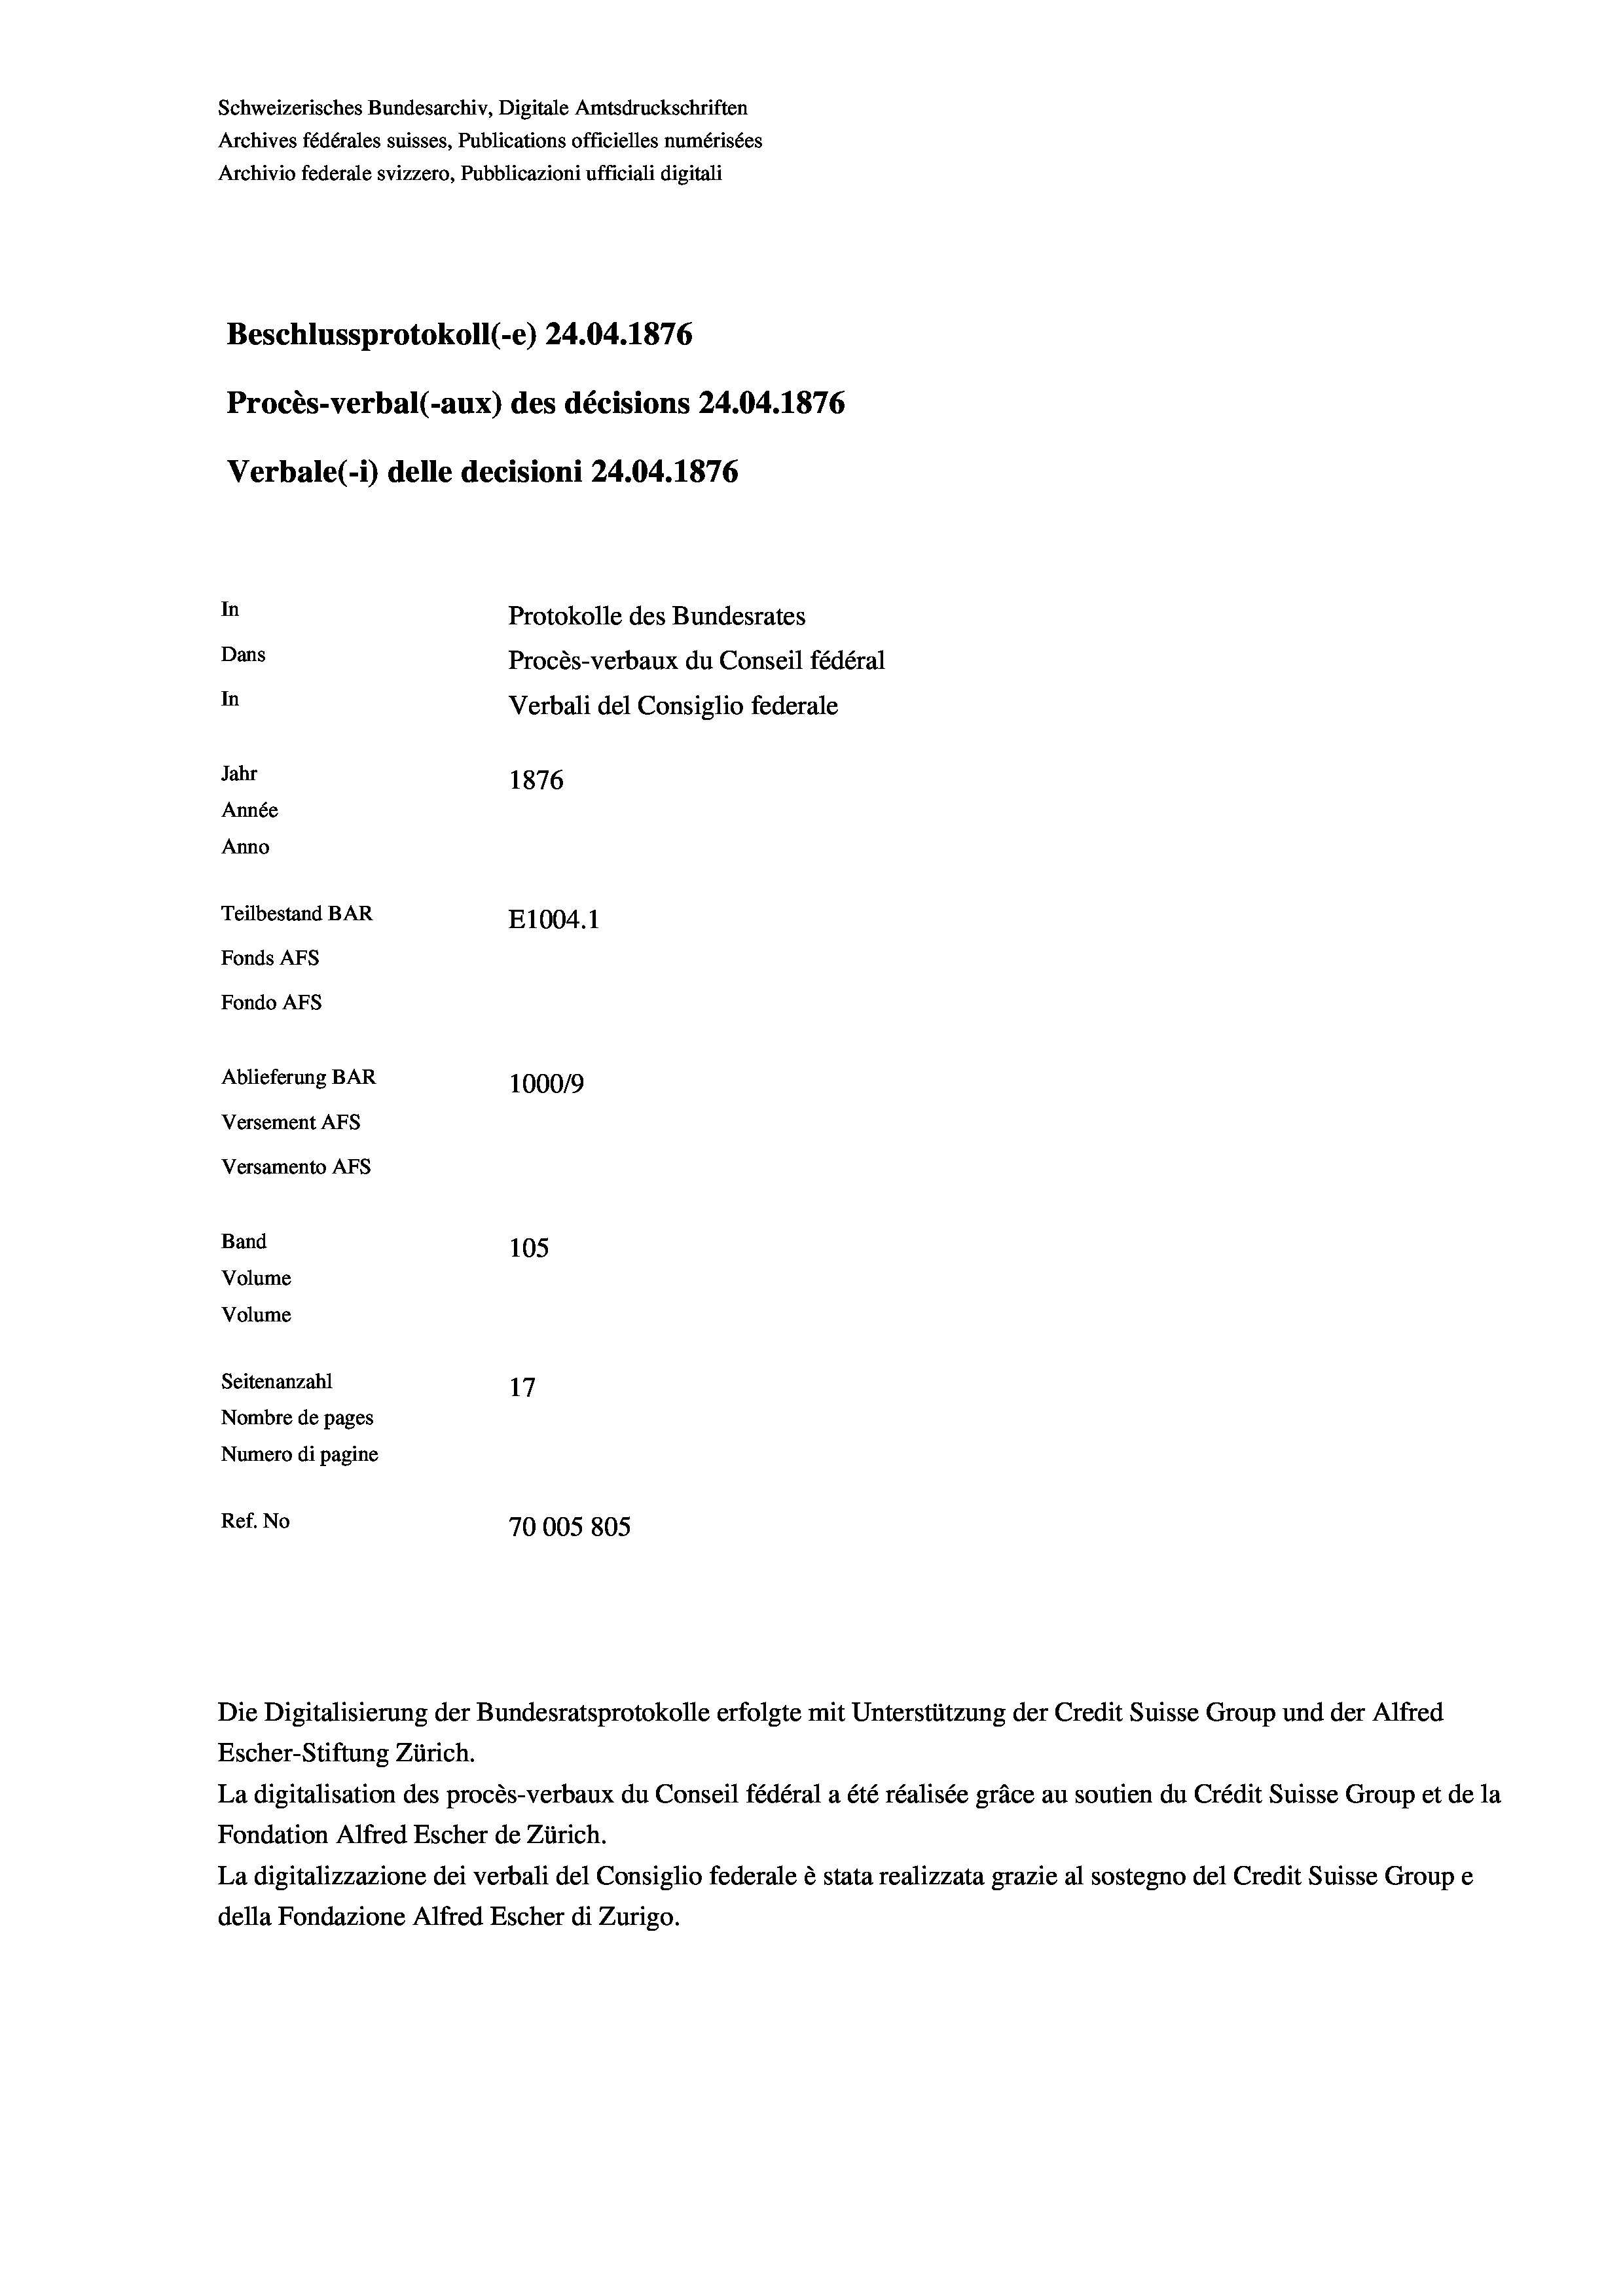
Schweizerisches Bundesarchiv, Digitale Amtsdruckschriften
Archives fédérales suisses, Publications officielles numérisées
Archivio federale svizzero, Pubblicazioni ufficiali digitali
Beschlussprotokoll (-e) 24.04. 1876
Procès-verbal (-aux) des décisions 24.04. 1876
Verbale (i) delle decisioni 24.04. 1876
In
Protokolle des Bundesrates
Dans
Procès-verbaux du Conseil fédéral
In
Verbali del Consiglio federale
Jahr
1876
Année
Anno
Teilbestand BAR
E1004. 1
Fonds AFs
Fondo AFS
Ablieferung BAR
1000/9
Versement Abs
Versamento AFs
Band
105
Volume
Volume

Seitenanzahl
17
Nombre de pages
Numero di pagine
Ref. No
70005 805

Escher-Stiftung Zürich.
La digitalisation des procès-verbaux du Conseil fédéral a été réalisée gräce au soutien du Crédit Suisse Group et de la
Fondation Alfred Escher de Zürich.
La digitalizzazione dei verbali del Consiglio federale è stata realizzata grazie al sostegno del Credit Suisse Groupe
della Fondazione Alfred Escher di Zurigo.

Die Digitalisierung der Bundesratsprotokolle erfolgte mit Unterstützung der Credit Suisse Group und der Alfred